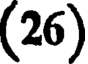
(26)